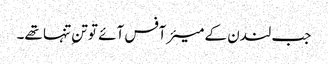
جب لندن کے میئر آفس آئے تو تنِ تنہا تھے۔